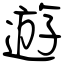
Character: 遊